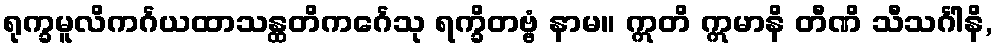
ရုက္ခမူလိကင်္ဂယထာသန္ထတိကင်္ဂေသု ရက္ခိတဗ္ဗံ နာမ။ ဣတိ ဣမာနိ တီဏိ သီသင်္ဂါနိ,